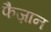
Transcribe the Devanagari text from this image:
फैज़ान